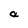
Character: a